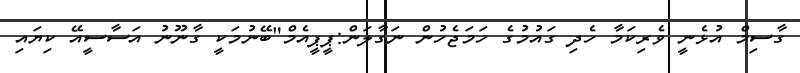
ގާސިމް އުޅެނީ ވެރިކަމާ ހެދި ގައުމުގެ ހަމަޖެހުން ނަގާލަން:ޕީޕީއެމް"ބޭނުމަކީ ގާނޫނު އަސާސީއޭ ކިޔައި